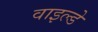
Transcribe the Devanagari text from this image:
वाइल्डे